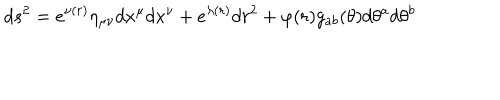
LaTeX: d s ^ { 2 } = e ^ { \nu ( r ) } \eta _ { \mu \nu } d x ^ { \mu } d x ^ { \nu } + e ^ { \lambda ( r ) } d r ^ { 2 } + \varphi ( r ) g _ { a b } ( \theta ) d \theta ^ { a } d \theta ^ { b }